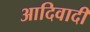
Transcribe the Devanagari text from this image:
आदिवादी